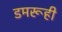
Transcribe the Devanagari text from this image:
डमरूही